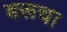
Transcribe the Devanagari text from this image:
बरूचा